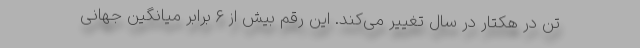
تن در هکتار در سال تغییر می‌کند. این رقم بیش از ۶ برابر میانگین جهانی